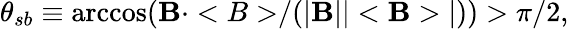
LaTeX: \theta_{sb}\equiv\operatorname{arccos}({\mathbf B\cdot<B>}/(|{\mathbf B}||<{\mathbf B}>|))>\pi/2,